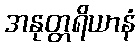
အနုတ္တရိယာနံ